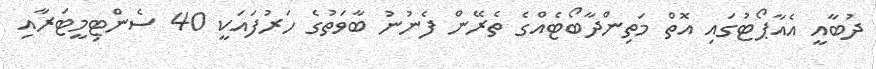
ދުބާއީ އެއާޕޯޓުގައި އޮތް މަތިންދާބޯޓެއްގެ ތެރޭން ފެނުނު ބާވަތުގެ ހަރުފައަކީ 40 ސެންޓިމީޓަރާއި